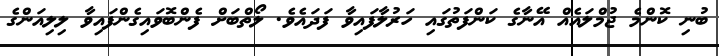
ބުނި ކޮންމެ ޖުމްލައެއް އޭނާގެ ކަންފަތުގައި ހަރުލާފައިވާ ފަދައެވެ. ލޯތްބަށް ފެންބޮވައިގެންފައިވާ ލިލިއަންގެ